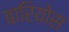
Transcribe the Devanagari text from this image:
बारियोस